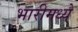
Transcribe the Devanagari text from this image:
भारीमध्ये